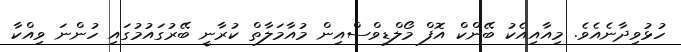
ހުޅުވިދާނެއެވެ. މިއާއިއެކު ބޭންކް އޮފް މޯލްޑިވްސްއިން މުއާމަލާތް ކުރާނީ ބޭރުގައުމުގައި ހުންނަ ވިއްކާ